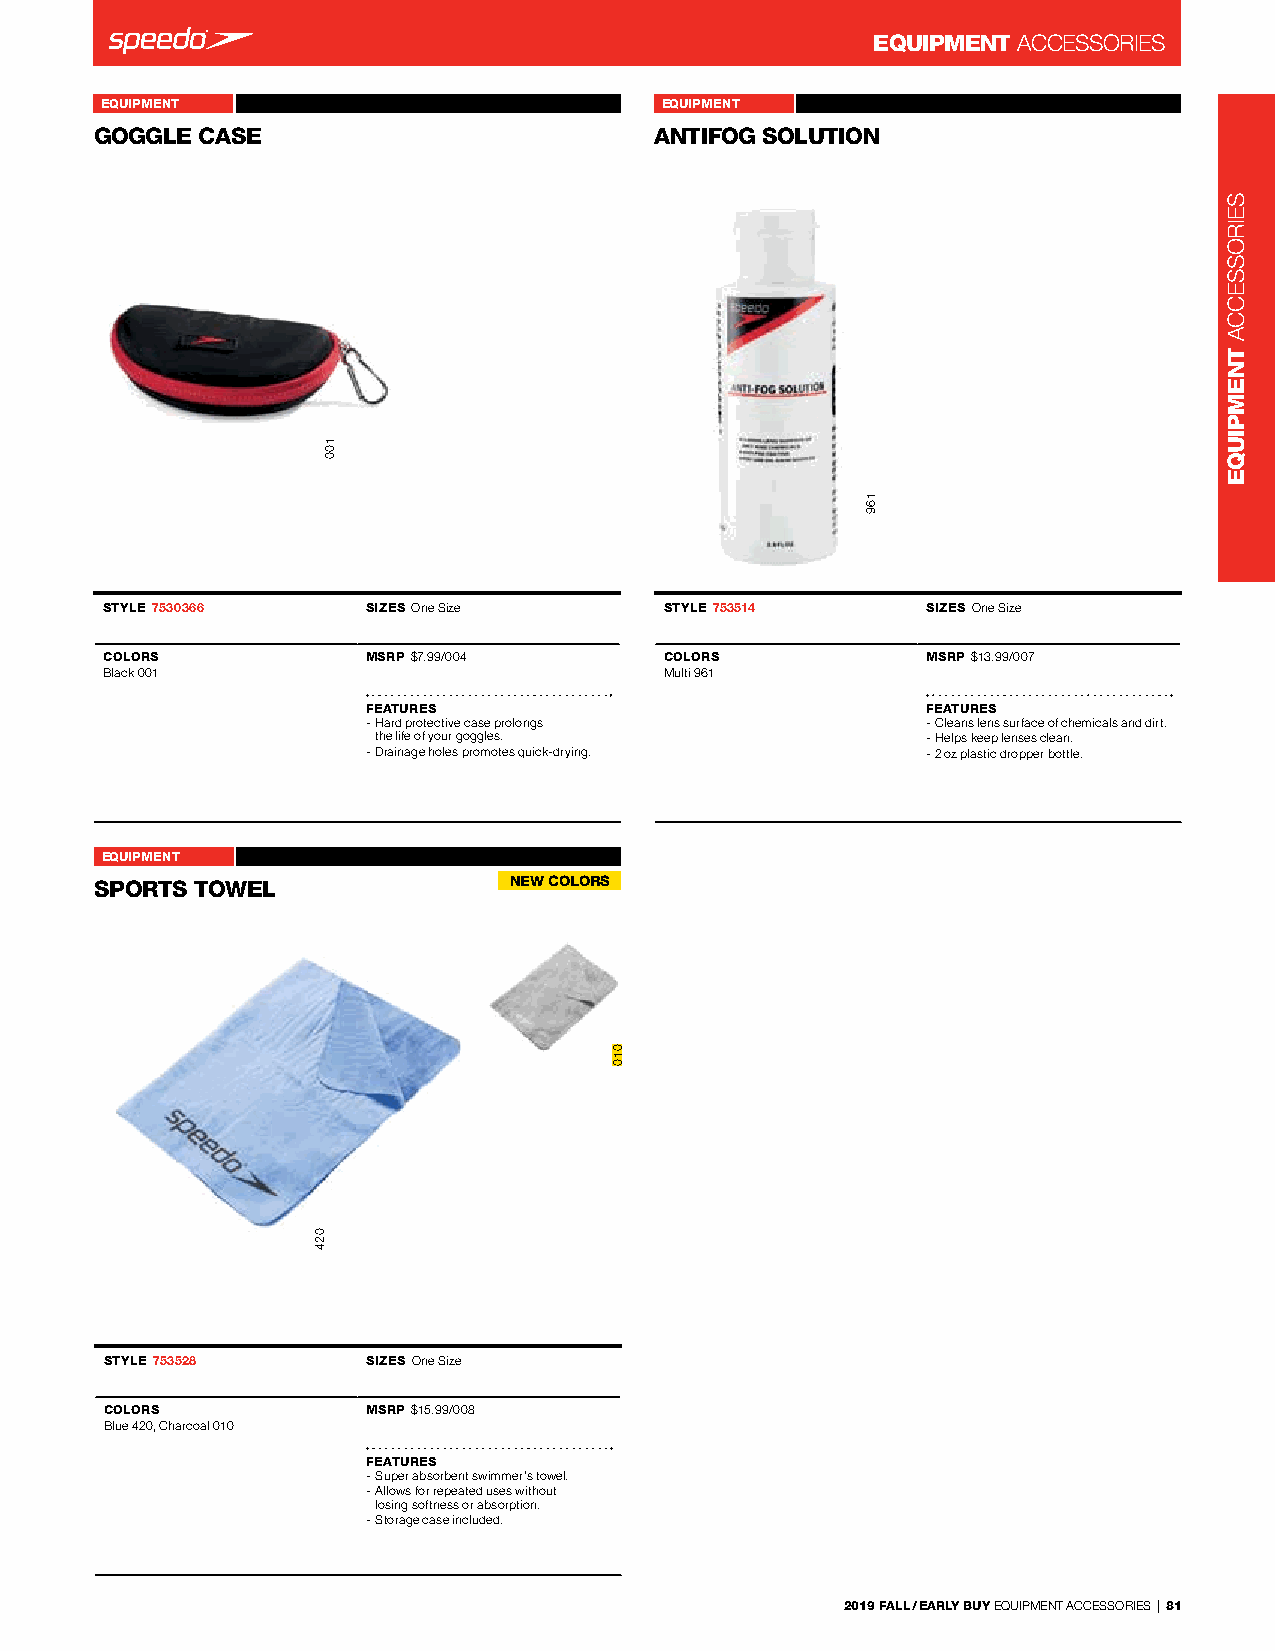
EQUIPMENT ACCessorIes
 EQUIPMENT          Goggle Case 7530366 EQUIPMENT        Antifog solution 753514
 GOGGLE CASE       -                  ANTIFOG SOLUTION  -
 -                                    -
 STYLE 7530366    SIZES one size      STYLE 753514     SIZES one size
 COLORS           MSRP $7.99/004      COLORS           MSRP $13.99/007
 Black 001                            Multi 961
 FEATURES                             FEATURES
 - Hard protective case prolongs      - Cleans lens surface of chemicals and dirt.
 the life of your goggles.           - Helps keep lenses clean.
 - drainage holes promotes quick-drying. - 2 oz plastic dropper bottle.
 EQUIPMENT           Sports Towel 753528
 SPORTS TOWEL      -         NEW COLORS
 -
 STYLE 753528     SIZES one size
 COLORS           MSRP $15.99/008
 Blue 420, Charcoal 010
 FEATURES
 - super absorbent swimmer’s towel.
 - Allows for repeated uses without
 losing softness or absorption.
 - storage case included.
 2019 FALL / EARLY BUY eQUIPMenT ACCessorIes | 81
 024
 100
 010
 169
 seIrosseCCA
 TNEMPIUQE